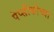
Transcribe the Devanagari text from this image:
पेप्सीकोच्या